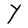
Character: Y